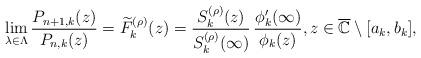
LaTeX: \begin{align*}\lim_{\lambda\in\Lambda}\frac{P_{n+1,k}(z)}{P_{n,k}(z)}=\widetilde{F}_{k}^{(\rho)}(z)=\frac{S_{k}^{(\rho)}(z)}{S_{k}^{(\rho)}(\infty)}\,\frac{\phi_{k}'(\infty)}{\phi_{k}(z)},z\in\overline{\mathbb{C}}\setminus[a_{k},b_{k}],\end{align*}